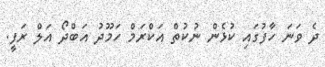
ދެ ވަނަ ހާފުގައި ކުޅެން ނުކުތް އަކްރަމް ހަމޫދު އަބްދޯ އަލް ރަފީ.